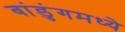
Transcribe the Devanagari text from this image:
बांडुंगमध्ये